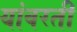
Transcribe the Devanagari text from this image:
यांवरती